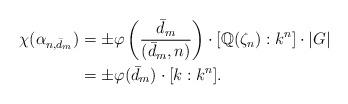
LaTeX: \begin{align*}\chi(\alpha_{n,\bar{d}_m}) &= \pm \varphi \left( \frac{\bar{d}_m}{(\bar{d}_m,n)} \right) \cdot [\mathbb{Q}(\zeta_n): k^n] \cdot |G| \\&= \pm \varphi(\bar{d}_m) \cdot [k:k^n].\end{align*}